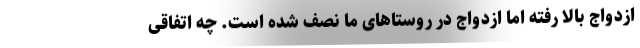
ازدواج بالا رفته اما ازدواج در روستاهای ما نصف شده است. چه اتفاقی